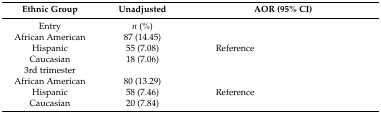
<table><thead><tr><td><b>Ethnic Group</b></td><td><b>Unadjusted</b></td><td colspan="2"><b>AOR (95% CI)</b></td></tr></thead><tbody><tr><td>Entry</td><td><i>n</i> (%)</td><td>[EMPTY_CELL]</td><td>[EMPTY_CELL]</td></tr><tr><td>African American</td><td>87 (14.45)</td><td>[EMPTY_CELL]</td><td>[EMPTY_CELL]</td></tr><tr><td>Hispanic</td><td>55 (7.08)</td><td>Reference</td><td>[EMPTY_CELL]</td></tr><tr><td>Caucasian</td><td>18 (7.06)</td><td>[EMPTY_CELL]</td><td>[EMPTY_CELL]</td></tr><tr><td>3rd trimester</td><td>[EMPTY_CELL]</td><td>[EMPTY_CELL]</td><td>[EMPTY_CELL]</td></tr><tr><td>African American</td><td>80 (13.29)</td><td>[EMPTY_CELL]</td><td>[EMPTY_CELL]</td></tr><tr><td>Hispanic</td><td>58 (7.46)</td><td>Reference</td><td>[EMPTY_CELL]</td></tr><tr><td>Caucasian</td><td>20 (7.84)</td><td>[EMPTY_CELL]</td><td>[EMPTY_CELL]</td></tr></tbody></table>